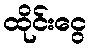
ထိုင်းငွေ